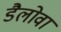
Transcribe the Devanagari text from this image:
डैलोवा